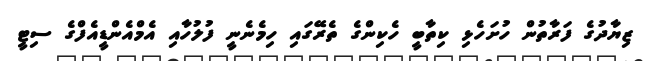
ޒިޔާދުގެ ފަރާތުން ހުށަހެޅި ކިތާބީ ހެކިންގެ ތެރޭގައި ހިމެނެނީ ފުލުހާއި އެމްއެންޑީއެފްގެ ސިޓީ